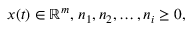
x ( t ) \in \mathbb { R } ^ { m } , \, n _ { 1 } , n _ { 2 } , \ldots , n _ { i } \geq 0 ,